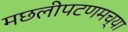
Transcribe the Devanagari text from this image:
मछलीपटणमच्या